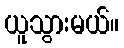
ယူသွားမယ်။